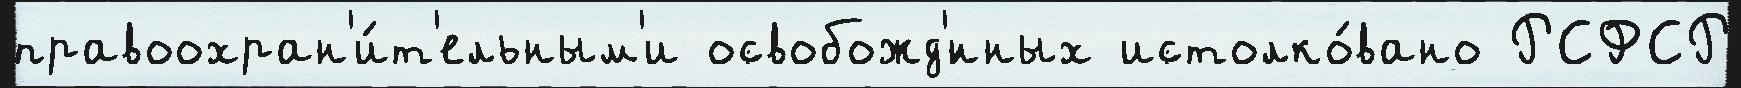
правоохран'и́т'ельным'и освобожд'́нных истолко́вано РСФСР